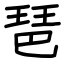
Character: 琶